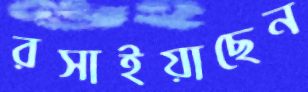
রসাইয়াছেন